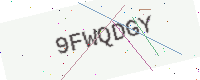
Text: 9FWQDGY